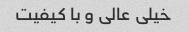
خیلی عالی و با کیفیت